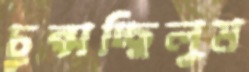
চুপ্‌সচ্ছিলুম